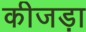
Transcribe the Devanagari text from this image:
कीजड़ा